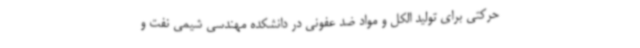
حرکتی برای تولید الکل و مواد ضد عفونی در دانشکده مهندسی شیمی نفت و